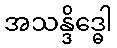
အသန္ဒိဒ္ဓေါ